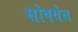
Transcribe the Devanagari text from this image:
सोवयेत